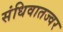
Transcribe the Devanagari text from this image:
संधिवातज्वर